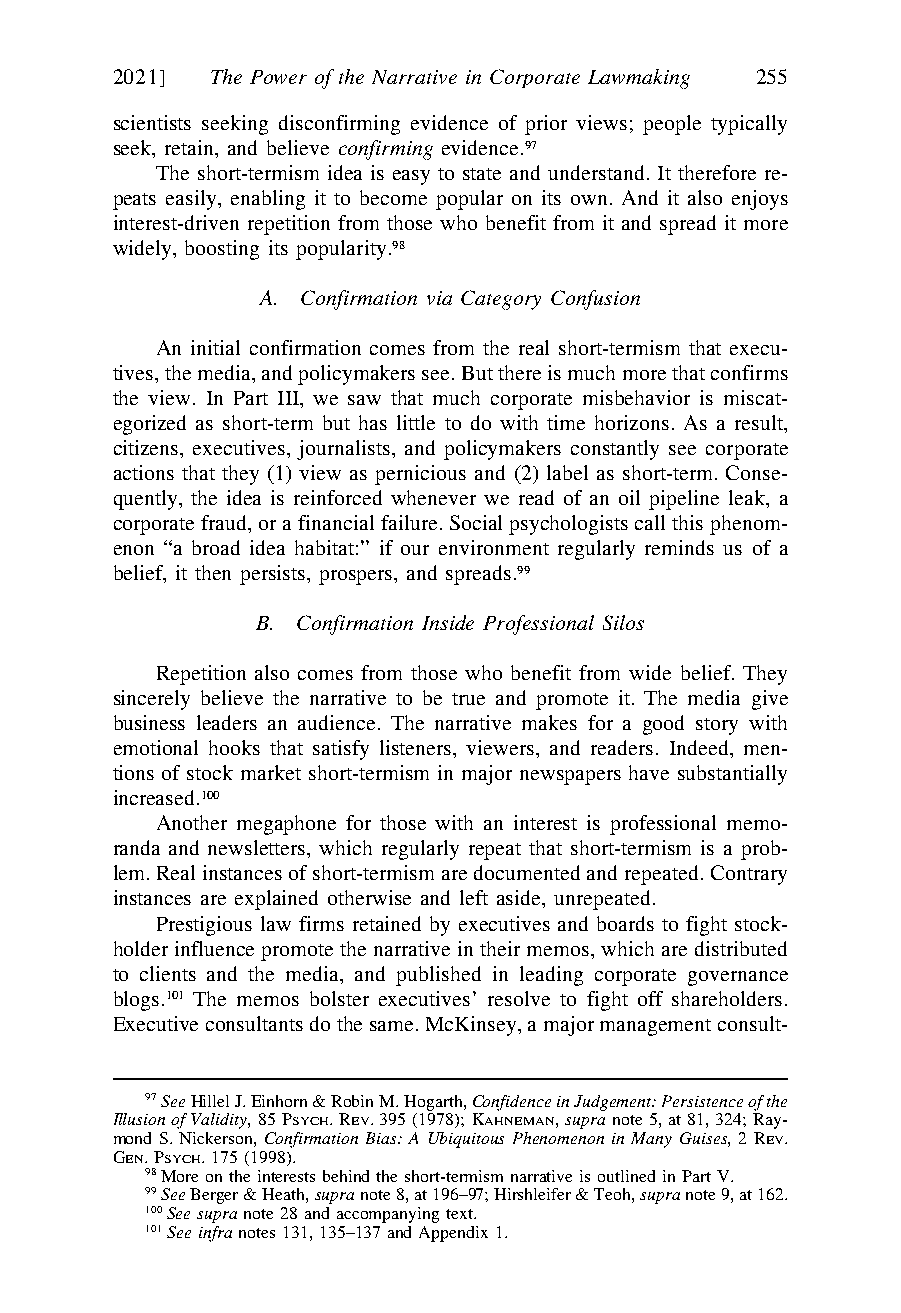
\\jciprod01\productn\H\HLB\11-2\HLB204.txt unknown Seq: 23 29-OCT-21 16:05
 2021] The Power of the Narrative in Corporate Lawmaking 255
 scientists seeking disconfirming evidence of prior views; people typically
 seek, retain, and believe confirming evidence.97
 The short-termism idea is easy to state and understand. It therefore re-
 peats easily, enabling it to become popular on its own. And it also enjoys
 interest-driven repetition from those who benefit from it and spread it more
 widely, boosting its popularity.98
 A. Confirmation via Category Confusion
 An initial confirmation comes from the real short-termism that execu-
 tives, the media, and policymakers see. But there is much more that confirms
 the view. In Part III, we saw that much corporate misbehavior is miscat-
 egorized as short-term but has little to do with time horizons. As a result,
 citizens, executives, journalists, and policymakers constantly see corporate
 actions that they (1) view as pernicious and (2) label as short-term. Conse-
 quently, the idea is reinforced whenever we read of an oil pipeline leak, a
 corporate fraud, or a financial failure. Social psychologists call this phenom-
 enon “a broad idea habitat:” if our environment regularly reminds us of a
 belief, it then persists, prospers, and spreads.99
 B. Confirmation Inside Professional Silos
 Repetition also comes from those who benefit from wide belief. They
 sincerely believe the narrative to be true and promote it. The media give
 business leaders an audience. The narrative makes for a good story with
 emotional hooks that satisfy listeners, viewers, and readers. Indeed, men-
 tions of stock market short-termism in major newspapers have substantially
 increased.100
 Another megaphone for those with an interest is professional memo-
 randa and newsletters, which regularly repeat that short-termism is a prob-
 lem. Real instances of short-termism are documented and repeated. Contrary
 instances are explained otherwise and left aside, unrepeated.
 Prestigious law firms retained by executives and boards to fight stock-
 holder influence promote the narrative in their memos, which are distributed
 to clients and the media, and published in leading corporate governance
 blogs.101 The memos bolster executives’ resolve to fight off shareholders.
 Executive consultants do the same. McKinsey, a major management consult-
 97See Hillel J. Einhorn & Robin M. Hogarth, Confidence in Judgement: Persistence of the
 Illusion of Validity, 85 PSYCH. REV. 395 (1978); KAHNEMAN, supra note 5, at 81, 324; Ray- R
 mond S. Nickerson, Confirmation Bias: A Ubiquitous Phenomenon in Many Guises, 2 REV.
 GEN. PSYCH. 175 (1998).
 98More on the interests behind the short-termism narrative is outlined in Part V.
 99See Berger & Heath, supra note 8, at 196–97; Hirshleifer & Teoh, supra note 9, at 162. R
 100See supra note 28 and accompanying text.        R
 101See infra notes 131, 135–137 and Appendix 1.    R